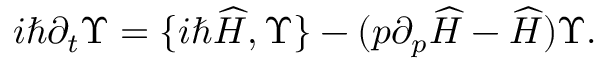
i \hbar \partial _ { t } \Upsilon = \{ i \hbar \widehat { H } , \Upsilon \} - ( p \partial _ { p } \widehat { H } - \widehat { H } ) \Upsilon .